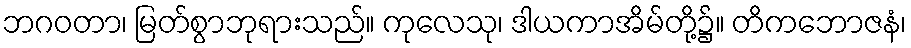
ဘဂဝတာ၊ မြတ်စွာဘုရားသည်။ ကုလေသု၊ ဒါယကာအိမ်တို့၌။ တိကဘောဇနံ၊